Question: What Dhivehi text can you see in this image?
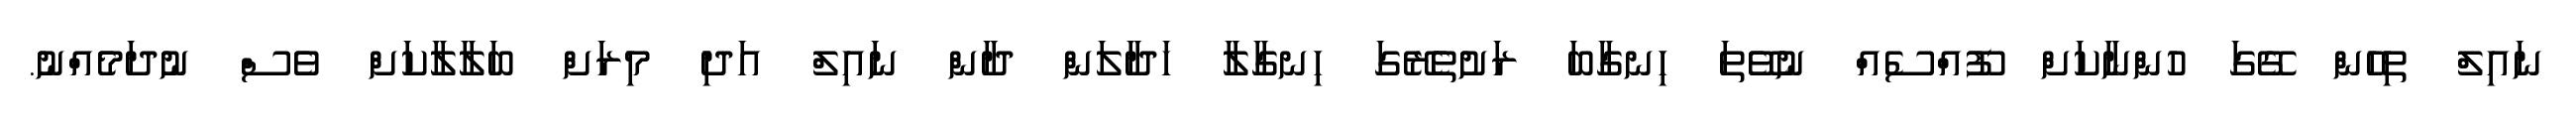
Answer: ނައިލް ތިހެން ގޭގަ ހުންނާކަށް ފޫއްސެއް ނުވޭތަ ހިނގާބަ ރަށުތެރޭގަ ހިނގާލާ ހަދާލަން ދާން ނައިލް އަދި މިރަށް ބަލާލާކަށް ވެސް ނުދަމެއްނު.